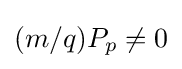
(m/q)P_{p}\neq 0